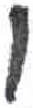
אות: ו